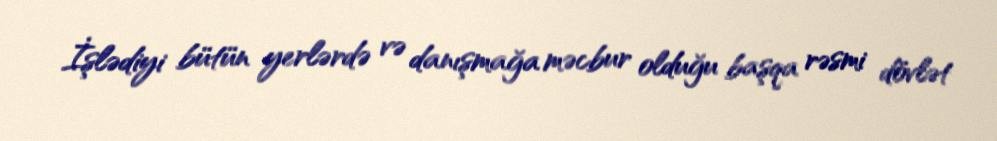
İşlədiyi bütün yerlərdə və danışmağa məcbur olduğu başqa rəsmi dövlət